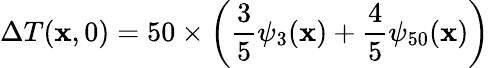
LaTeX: \Delta{T}(\mathbf{x},0)=50\times\left(\frac{{3}}{{5}}\psi_{3}(\mathbf{x})+\frac{{4}}{{5}}\psi_{50}(\mathbf{x})\right)